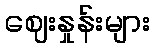
ဈေးနှုန်းများ